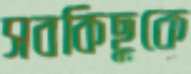
সবকিছুকে